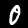
Label: 0